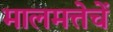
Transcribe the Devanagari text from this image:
मालमत्तेचें